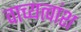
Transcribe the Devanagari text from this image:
वाच्यत्वांश